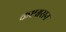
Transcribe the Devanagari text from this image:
कष्टश्वसन